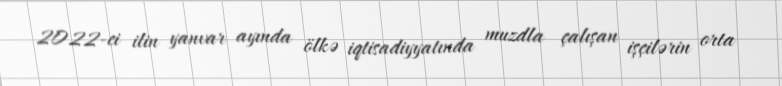
2022-ci ilin yanvar ayında ölkə iqtisadiyyatında muzdla çalışan işçilərin orta